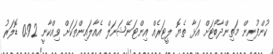
ކުންފުނިން މަތިންދާބޯޓަށް އަޅާ ތެޔޮ ލީޓަރެއް އިންޓަނޭޝަނަލް އެއާލައިންތަކަށް ވިއްކާނީ 0.92 ޑޮލަރު